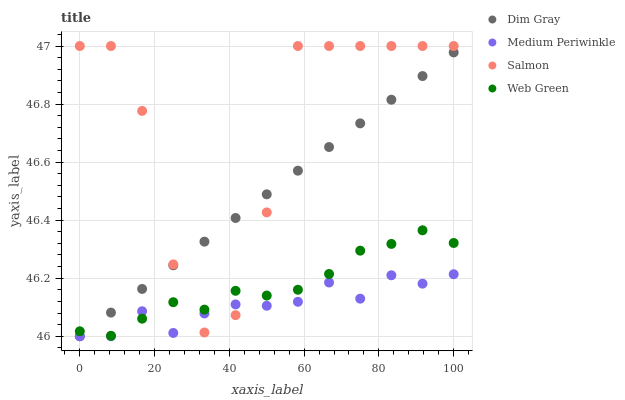
| xaxis_label | Dim Gray | Medium Periwinkle | Salmon | Web Green |
 | --- | --- | --- | --- | --- |
 | 0 | 46 | 46 | 47 | 46 |
 | 8.33 | 46.1 | 46 | 47 | 46 |
 | 16.7 | 46.2 | 46.1 | 46.8 | 46.1 |
 | 25 | 46.2 | 46 | 46.2 | 46.1 |
 | 33.3 | 46.3 | 46.1 | 46 | 46.1 |
 | 41.7 | 46.4 | 46.1 | 46.1 | 46.2 |
 | 50 | 46.5 | 46.1 | 46.4 | 46.1 |
 | 58.3 | 46.6 | 46.1 | 47 | 46.2 |
 | 66.7 | 46.7 | 46.2 | 47 | 46.2 |
 | 75 | 46.7 | 46.1 | 47 | 46.3 |
 | 83.3 | 46.8 | 46.2 | 47 | 46.3 |
 | 91.7 | 46.9 | 46.2 | 47 | 46.4 |
 | 100 | 47 | 46.2 | 47 | 46.3 |